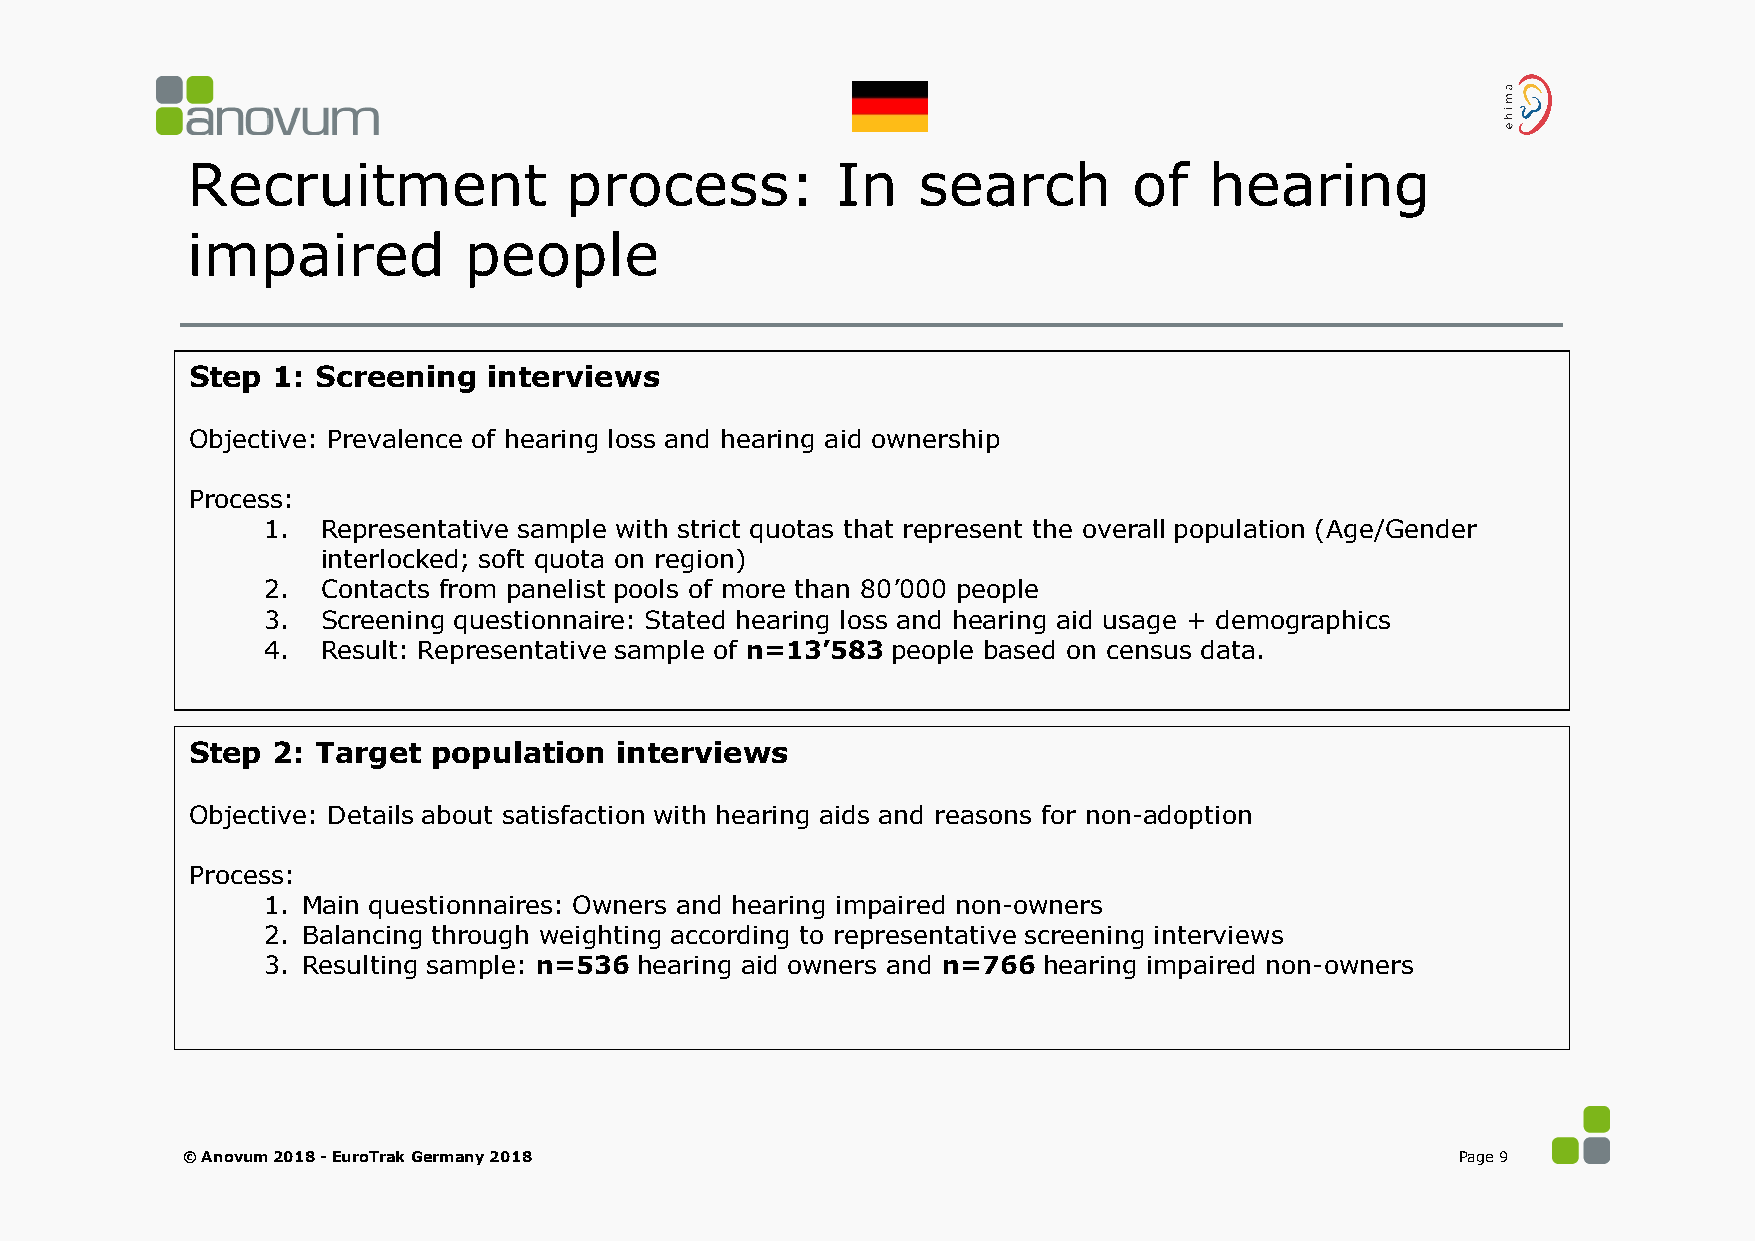
Recruitment              process:          In    search        of   hearing
 impaired           people
 Step 1: Screening  interviews
 Objective: Prevalence of hearing loss and hearing aid ownership
 Process:
 1.  Representative sample with strict quotas that represent the overall population (Age/Gender
 interlocked; soft quota on region)
 2.  Contacts from panelist pools of more than 80’000 people
 3.  Screening questionnaire: Stated hearing loss and hearing aid usage + demographics
 4.  Result: Representative sample of n=13’583 people based on census data.
 Step 2: Target  population  interviews
 Objective: Details about satisfaction with hearing aids and reasons for non-adoption
 Process:
 1. Main questionnaires: Owners and hearing impaired non-owners
 2. Balancing through weighting according to representative screening interviews
 3. Resulting sample: n=536 hearing aid owners and n=766 hearing impaired non-owners
 © Anovum 2018 -EuroTrak Germany 2018                                                 Page 9